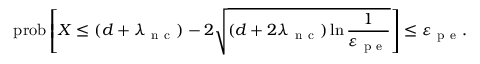
\mathrm { p r o b } \left[ X \leq ( d + \lambda _ { \mathrm { ~ n ~ c ~ } } ) - 2 \sqrt { ( d + 2 \lambda _ { \mathrm { ~ n ~ c ~ } } ) \ln \frac { 1 } { \varepsilon _ { \mathrm { ~ p ~ e ~ } } } } \right] \leq \varepsilon _ { \mathrm { ~ p ~ e ~ } } .